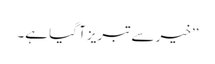
’’خیر سے تبریز آ گیا ہے۔